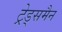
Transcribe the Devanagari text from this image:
ट्रेड्समैन